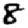
Digit: 8